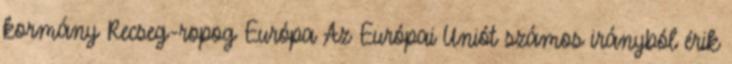
kormány Recseg-ropog Európa Az Európai Uniót számos irányból érik